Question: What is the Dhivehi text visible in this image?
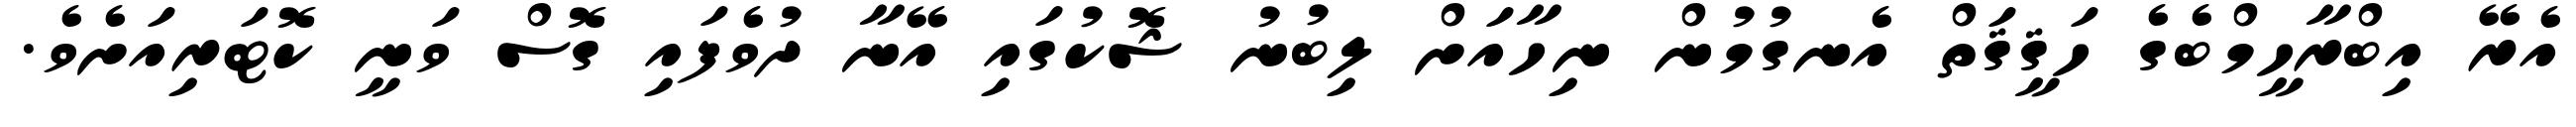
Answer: އެރޭ އިބްރާހީމްބެގެ ހަޤީޤަތް އެނގުމުން ނިހާއަށް ލިބުނު ޝޮކުގައި އޭނާ ދުވެފައި ގޮސް ވަނީ ކޮޓަރިއަށެވެ.